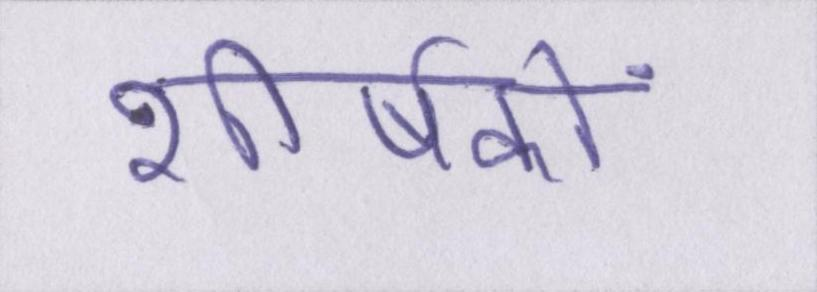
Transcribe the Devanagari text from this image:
शीर्षकों